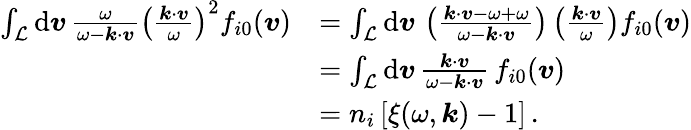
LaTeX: \begin{array}{rl}{\int_{\mathcal{L}}\mathrm{d}\boldsymbol{v}\, \frac{\omega}{\omega-\boldsymbol{k}\cdot\boldsymbol{v}}\left(\frac{\boldsymbol{k}\cdot\boldsymbol{v}}{\omega}\right)^{2}f_{i0}(\boldsymbol{v})}&{=\int_{\mathcal{L}}\mathrm{d}\boldsymbol{v}\, \left(\frac{\boldsymbol{k}\cdot\boldsymbol{v}-\omega+\omega}{\omega-\boldsymbol{k}\cdot\boldsymbol{v}}\right)\left(\frac{\boldsymbol{k}\cdot\boldsymbol{v}}{\omega}\right)f_{i0}(\boldsymbol{v})}\\ &{=\int_{\mathcal{L}}\mathrm{d}\boldsymbol{v}\, \frac{\boldsymbol{k}\cdot\boldsymbol{v}}{\omega-\boldsymbol{k}\cdot\boldsymbol{v}}\, f_{i0}(\boldsymbol{v})}\\ &{=n_{i}\, [\xi(\omega,\boldsymbol{k})-1]\, .}\end{array}